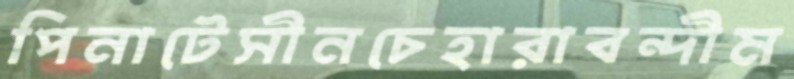
পিনাটেসীনচেহারাবন্দীম